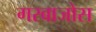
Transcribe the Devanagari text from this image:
गरबाजोस